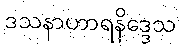
ဒသနာဟာရနိဒ္ဒေသ